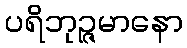
ပရိဘုဉ္ဇမာနော